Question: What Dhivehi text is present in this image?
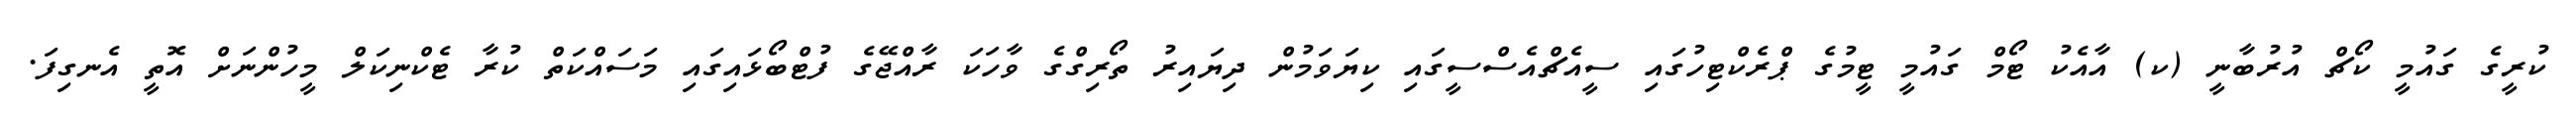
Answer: ކުރީގެ ގައުމީ ކޯޗް އުރުބާނީ (ކ) އާއެކު ޓޯމް ގައުމީ ޓީމުގެ ޕްރެކްޓިހުގައި ސީއެޗްއެސްސީގައި ކިޔަވަމުން ދިޔައިރު ތޯރިގްގެ ވާހަކަ ރާއްޖޭގެ ފުޓްބޯޅައިގައި މަސައްކަތް ކުރާ ޓެކްނިކަލް މީހުންނަށް އޮތީ އެނގިފަ.